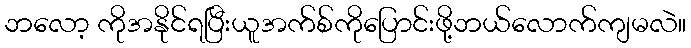
ဘလော့ ကိုအနိုင်ရပြီးယူအက်စ်ကိုပြောင်းဖို့ဘယ်လောက်ကျမလဲ။